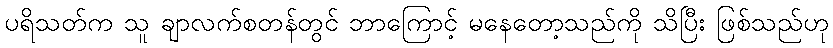
ပရိသတ်က သူ ချာလက်စတန်တွင် ဘာကြောင့် မနေတော့သည်ကို သိပြီး ဖြစ်သည်ဟု